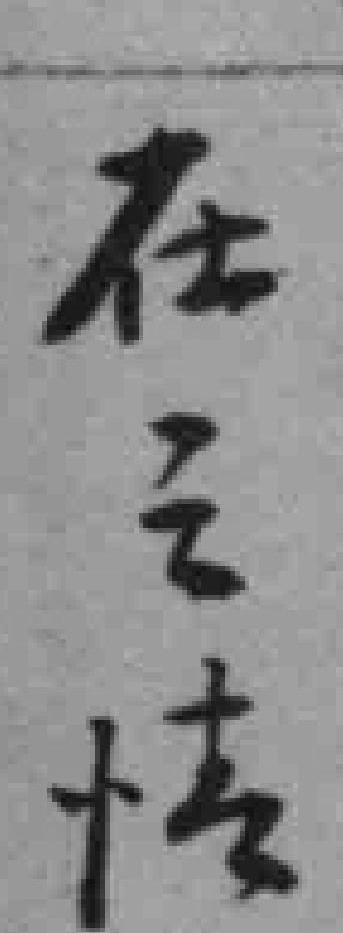
在之情